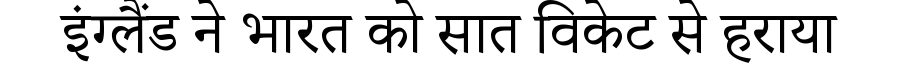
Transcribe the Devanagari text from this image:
इंग्लैंड ने भारत को सात विकेट से हराया